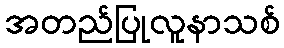
အတည်ပြုလူနာသစ်